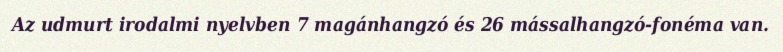
Az udmurt irodalmi nyelvben 7 magánhangzó és 26 mássalhangzó-fonéma van.